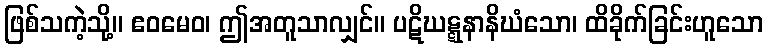
ဖြစ်သကဲ့သို့။ ဧဝမေဝ၊ ဤအတူသာလျှင်။ ပဋိဃဋ္ဋနာနိဃံသော၊ ထိခိုက်ခြင်းဟူသော